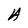
Character: A